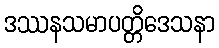
ဒဿနသမာပတ္တိဒေသနာ